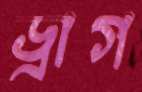
ড্রাগ